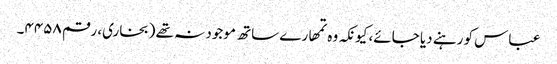
عباس کو رہنے دیا جائے، کیونکہ وہ تمھارے ساتھ موجود نہ تھے (بخاری، رقم ۴۴۵۸۔